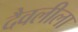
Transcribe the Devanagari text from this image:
दैवलीला